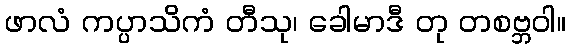
ဖာလံ ကပ္ပာသိကံ တီသု၊ ခေါမာဒီ တု တစဗ္ဘဝါ။